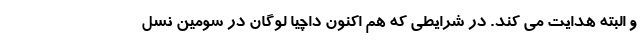
و البته هدایت می کند. در شرایطی که هم اکنون داچیا لوگان در سومین نسل